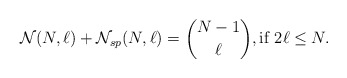
\begin{align*}{\cal{N}}(N,\ell) + {\cal{N}}_{sp}(N,\ell) = {N-1 \choose \ell},\mbox{if }2\ell \le N.\end{align*}